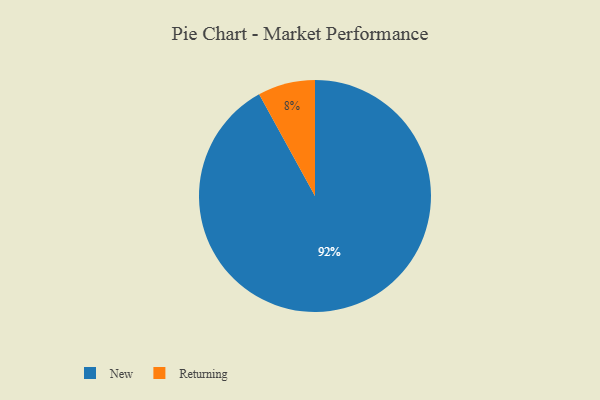
{"axis": {"x": "Category", "y": "Percentage"}, "legend": ["New", "Returning"], "data": [{"x": "Returning", "y": 8, "type": "Returning"}, {"x": "New", "y": 92, "type": "New"}]}